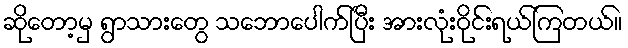
ဆိုတော့မှ ရွာသားတွေ သဘောပေါက်ပြီး အားလုံးဝိုင်းရယ်ကြတယ်။